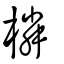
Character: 橉